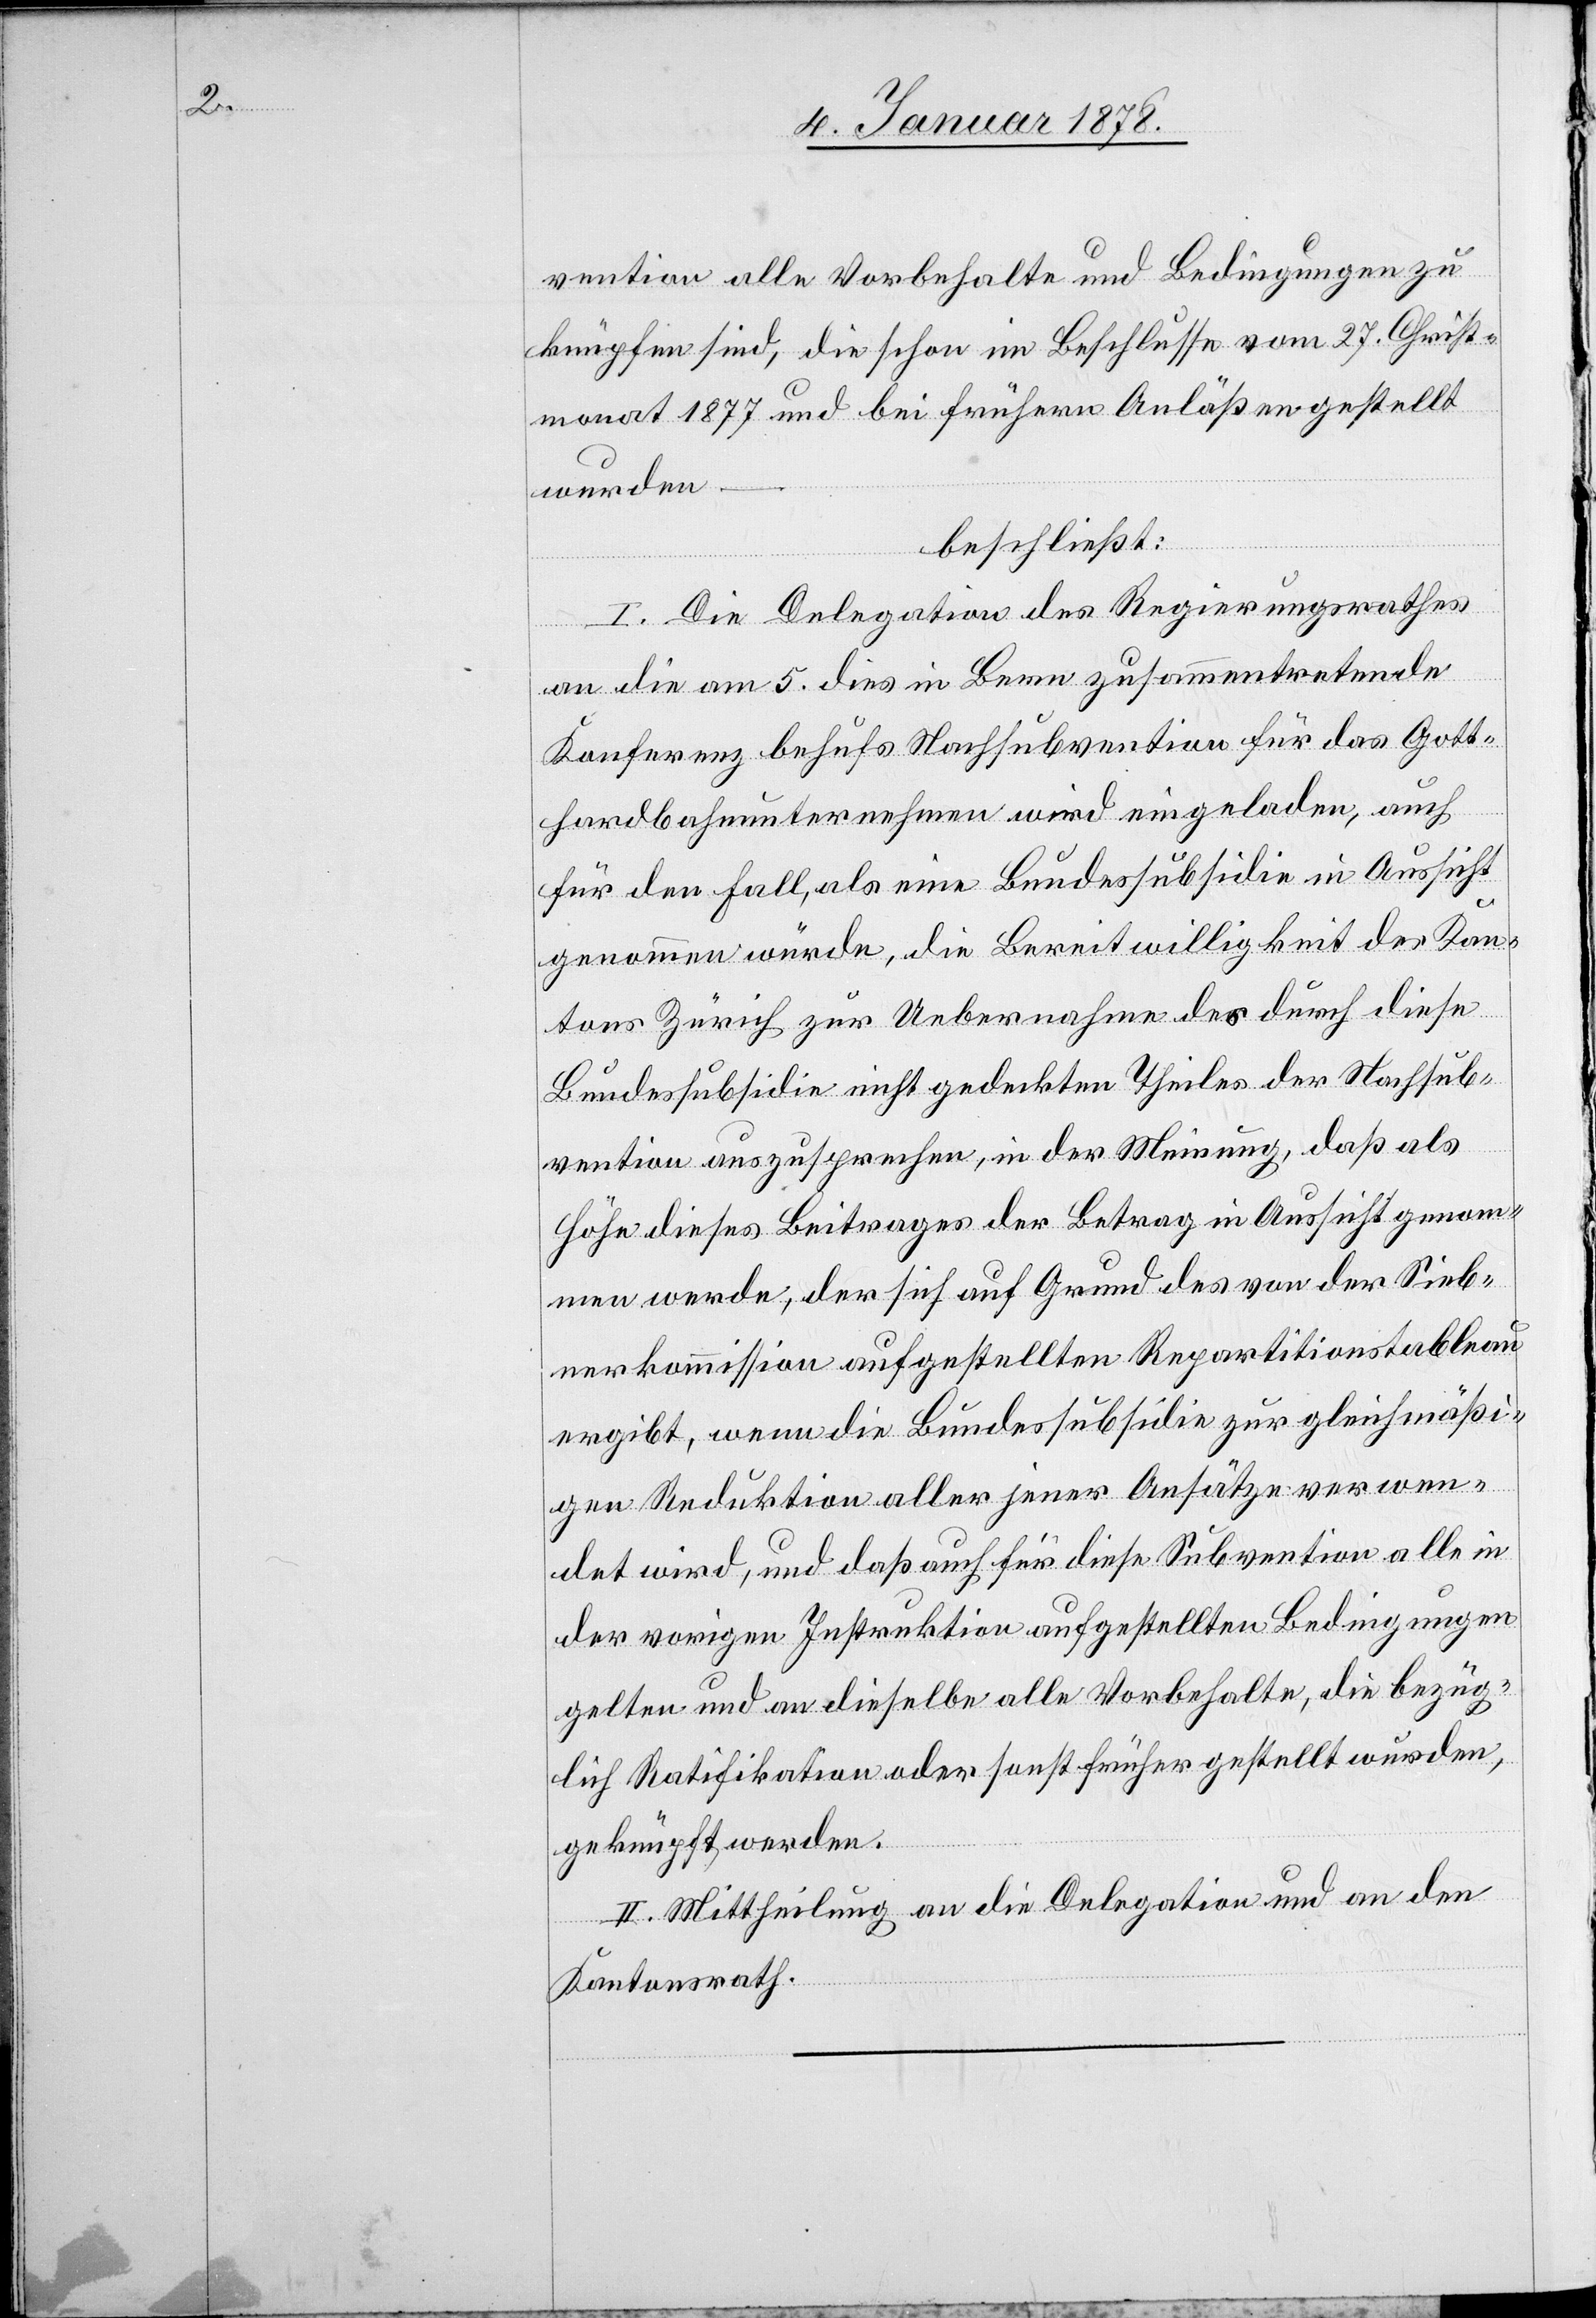
vention alle Vorbehalte und Bedingungen zu
knüpfen sind, die schon im Beschlusse vom 27 Christ¬
monat 1877 und bei frühern Anläßen gestellt
wurden
beschließt:
I. Die Delegation des Regierungsrathes
an die am 5 dies in Bern zusammentretende
Konferenz behufs Nachsubvention für das Gott¬
hardbahnunternehmen wird eingeladen, auch
für den Fall, als eine Bundessubsidie in Aussicht
genommen würde, die Bereitwilligkeit des Kan¬
tons Zürich zur Uebernahme des durch diese
Bundessubsidie nicht gedeckten Theiles der Nachsub¬
vention auszusprechen, in der Meinung, daß als
Höhe dieses Beitrages der Betrag in Aussicht genom¬
men werde, der sich auf Grund des von der Sieb¬
nerkommission aufgestellten Repartitionstableau
ergibt, wenn die Bundessubsidie zur gleichmäßi¬
gen Reduktion aller jener Ansätze verwen¬
det wird, und daß auch für diese Subvention alle in
der vorigen Instruktion aufgestellten Bedingungen
gelten und an dieselbe alle Vorbehalte, die bezüg¬
lich Ratifikation oder sonst früher gestellt wurden,
geknüpft werden.
II. Mittheilung an die Delegation und an den
Kantonsrath.